Indian journal of veterinary science and animal husbandry - Volumes 24-25, 1954-1955
Year: 1954
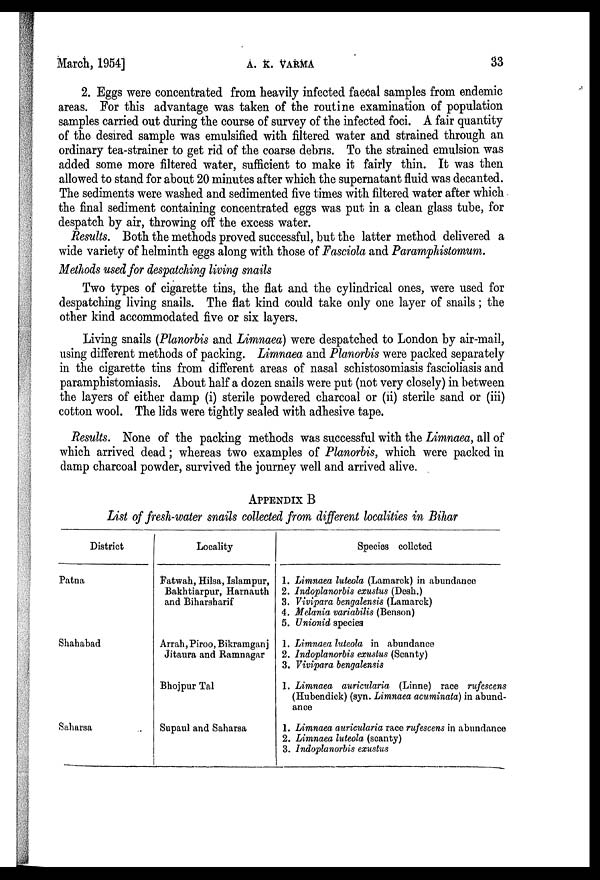
March, 1954]
A.
K.
VARMA
33
2. Eggs were concentrated from heavily infected faecal samples from endemic
areas. For this advantage was taken of the routine examination of population
samples carried out during the course of survey of the infected foci. A fair quantity
of the desired sample was emulsified with filtered water and strained through an
ordinary tea-strainer to get rid of the coarse debris. To the strained emulsion was
added some more filtered water, sufficient to make it fairly thin. It was then
allowed to stand for about 20 minutes after which the supernatant fluid was decanted.
The sediments were washed and sedimented five times with filtered water after which
the final sediment containing concentrated eggs was put in a clean glass tube, for
despatch by air, throwing off the excess water.
Results. Both the methods proved successful, but the latter method delivered a
wide variety of helminth eggs along with those of Fasciola and Paramphistomum.
Methods used for despatching living snails
Two types of cigarette tins, the flat and the cylindrical ones, were used for
despatching living snails. The flat kind could take only one layer of snails; the
other kind accommodated five or six layers.
Living snails (Planorbis and Limnaea) were despatched to London by air-mail,
using different methods of packing. Limnaea and Planorbis were packed separately
in the cigarette tins from different areas of nasal schistosomiasis fascioliasis and
paramphistomiasis. About half a dozen snails were put (not very closely) in between
the layers of either damp (i) sterile powdered charcoal or (ii) sterile sand or (iii)
cotton wool. The lids were tightly sealed with adhesive tape.
Results. None of the packing methods was successful with the Limnaea, all of
which arrived dead; whereas two examples of Planorbis, which were packed in
damp charcoal powder, survived the journey well and arrived alive.
APPENDIX B
List of fresh-water snails collected from different localities in Bihar
District
Patna
Shahabad
Saharsa
Locality
Fatwah, Hilsa, Islampur,
Bakhtiarpur, Harnauth
and Biharsharif
Arrah, Piroo, Bikramganj
Jitaura and Ramnagar
Bhojpur Tal
Supaul and Saharsa
Species collcted
1. Limnaea luteola (Lamarck) in abundance
2. Indoplanorbis exustus (Desh.)
3. Vivipara bengalensis (Lamarck)
4. Melania variabilis (Benson)
5. Unionid species
1. Limnaea luteola in abundance
2. Indoplanorbis exustus (Scanty)
3. Vivipara bengalensis
1. Limnaea auricularia (Linne) race rufescens
(Hubendick) (syn. Limnaea acuminata) in abund-
ance
1. Limnaea auricularia race rufescens in abundance
2. Limnaea luteola (scanty)
3. Indoplanorbis exustus